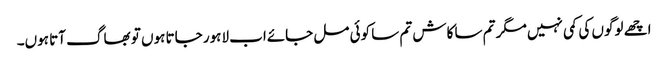
اچھے لوگوں کی کمی نہیں مگر تم سا کاش تم سا کوئی مل جائےاب لاہور جاتا ہوں تو بھاگ آتا ہوں۔